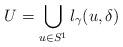
LaTeX: \begin{align*}U=\bigcup_{u\in S^1}l_\gamma(u,\delta)\end{align*}